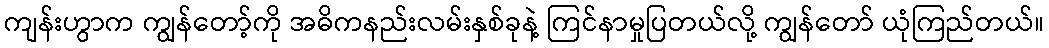
ကျန်းဟွာက ကျွန်တော့်ကို အဓိကနည်းလမ်းနှစ်ခုနဲ့ ကြင်နာမှုပြတယ်လို့ ကျွန်တော် ယုံကြည်တယ်။